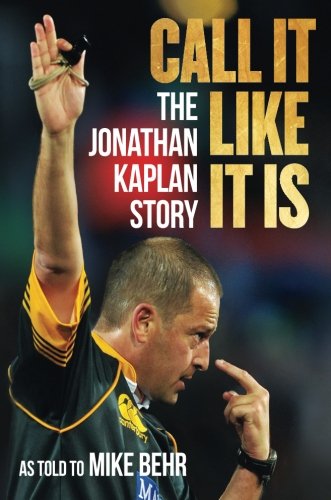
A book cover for Call It Like It Is: The Jonathan Kaplan Story; Jonathan Kaplan; Sports & Outdoors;